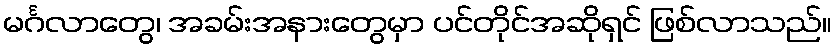
မင်္ဂလာတွေ၊ အခမ်းအနားတွေမှာ ပင်တိုင်အဆိုရှင် ဖြစ်လာသည်။